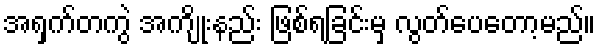
အရှက်တကွဲ အကျိုးနည်း ဖြစ်ရခြင်းမှ လွတ်ပေတော့မည်။